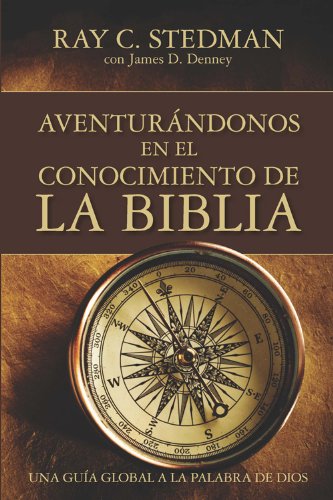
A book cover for Adventurandonos En El Conocimiento De La Biblia (Spanish Edition); Ray C. Stedman; Christian Books & Bibles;